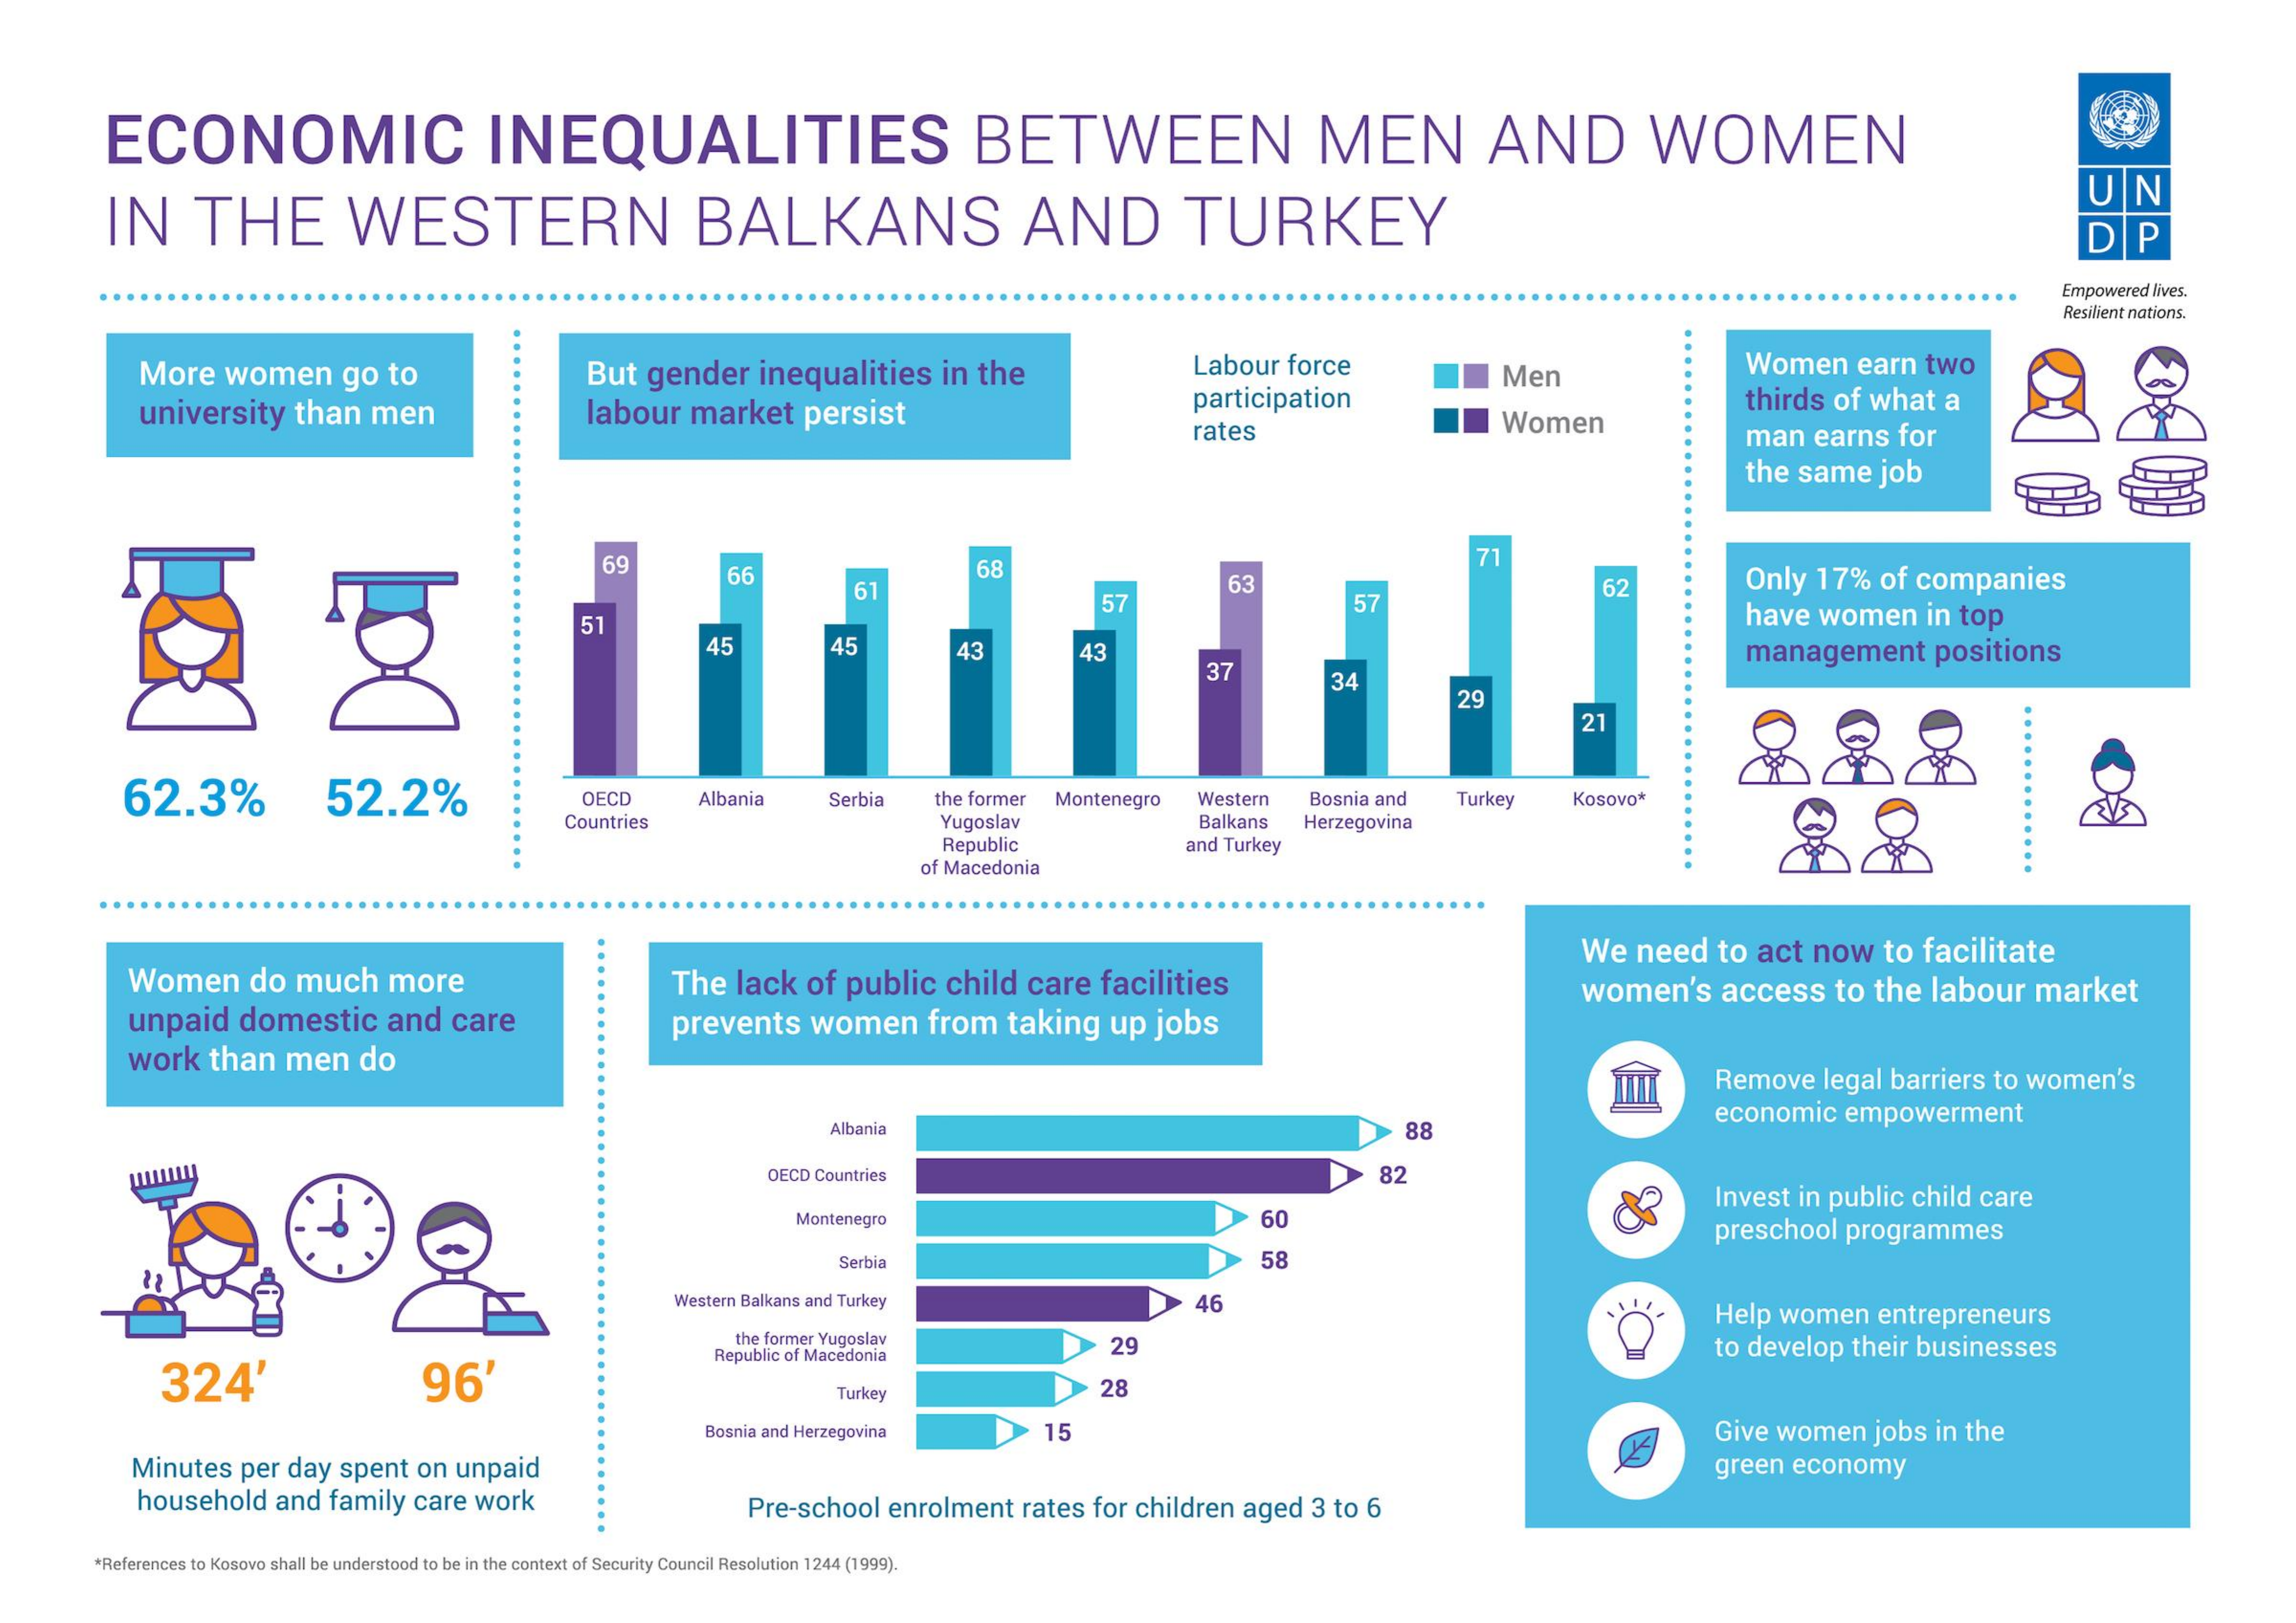
ECONOMIC    INEQUALITIES    BETWEEN    MEN    AND    WOMEN
     IN    THE    WESTERN    BALKANS    AND    TURKEY
     UN
     DP
     Empowered Ives.
     Resilient nations.
     More    women    go   to    But   gender    inequalities    in   the    Labour    force    Women    earn    two
     labour    market    persist    participation
     Men
     university    than    men    Women
     thirds   of  what    a
     rates    man    earns    for
     the   same    job
     69    71
     66
     61
     58
     63
     57    57
     62    Only    17%    of  companies
     51    have    women    in  top
     45    45    43    43
     37
     management    positions
     34
     29
     21
     888
     62.3%    52.2%    OECD    Albania    Serbia    the former   Montenegro    Western    Bosnia and    Turkey    KOSOVO*
     Countries    Yugoslav    Balkans    Herzegovina
     88 Republic and Turkey
     of Macedonia
     Women    do   much    more    The   lack    of   public    child    care    facilities
     We   need    to   act   now    to  facilitate
     unpaid    domestic    and    care    prevents    women    from    taking    up   jobs
     women's    access    to  the   labour    market
     work    than    men    do
     Remove    legal   barriers   to  women's
     economic    empowerment
     Albania    8ª
     OECD Countries    82
     Invest   in  public   child   care
     Montenegro    60
     preschool    programmes
     Serbia    58
     Western Balkans and Turkey    46
     Help   women    entrepreneurs
     the former Yugoslav    29
     324'    96'
     Republic of Macedonia    to develop    their   businesses
     Turkey    28
     Bosnia and Herzegovina    15    Give   women    jobs   in the
     Minutes    per  day   spent   on   unpaid    green    economy
     household    and   family   care   work    Pre-school    enrolment    rates   for  children    aged    3 to  6
     *References to Kosovo shall be understood to be in the context of Security Council Resolution 1244 (1999).